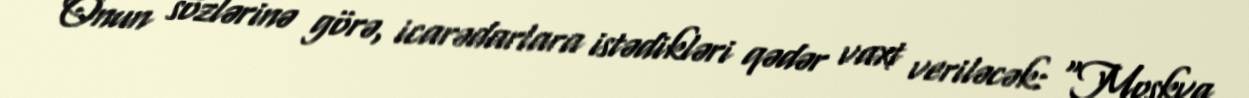
Onun sözlərinə görə, icarədarlara istədikləri qədər vaxt veriləcək: “Moskva